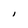
Character: I